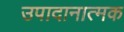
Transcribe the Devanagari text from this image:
उपादानात्मक